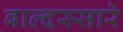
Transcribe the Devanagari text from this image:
बाल्दस्सारे